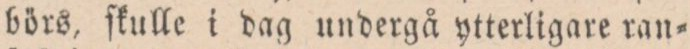
börs, ſkulle i dag undergå ytterligare ran=